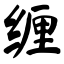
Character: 缠